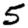
Digit: 5